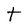
Character: t